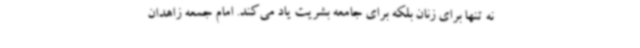
نه تنها برای زنان بلکه برای جامعه بشریت یاد می‌کند. امام جمعه زاهدان